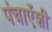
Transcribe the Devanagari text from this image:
पंचाऐंशी